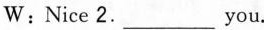
W : Nice 2. ___ you.